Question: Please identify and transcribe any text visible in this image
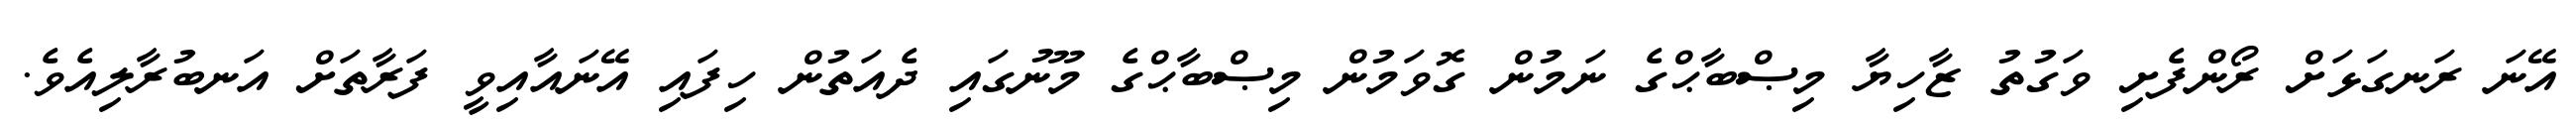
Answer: އޭނަ ރަނގަޅަށް ރޯންފެށި ވަގުތު ޒާހިޔާ މިޞްބާޙްގެ ނަމުން ގޮވަމުން މިޞްބާޙްގެ މޫނުގައި ދެއަތުން ހިފައި އޭނައާއިވީ ފަރާތަށް އަނބުރާލިއެވެ.